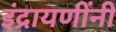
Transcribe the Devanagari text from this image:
इंद्रायणींनी